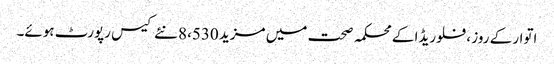
اتوار کے روز ، فلوریڈا کے محکمہ صحت میں مزید 8،530 نئے کیس رپورٹ ہوئے۔